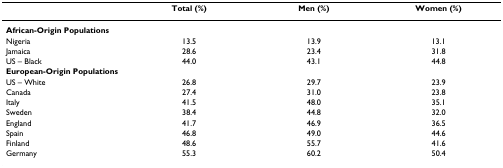
<table><thead><tr><td></td><td><b>Total (%)</b></td><td><b>Men (%)</b></td><td><b>Women (%)</b></td></tr></thead><tbody><tr><td><b>African-Origin Populations</b></td><td></td><td></td><td></td></tr><tr><td>Nigeria</td><td>13.5</td><td>13.9</td><td>13.1</td></tr><tr><td>Jamaica</td><td>28.6</td><td>23.4</td><td>31.8</td></tr><tr><td>US – Black</td><td>44.0</td><td>43.1</td><td>44.8</td></tr><tr><td><b>European-Origin Populations</b></td><td></td><td></td><td></td></tr><tr><td>US – White</td><td>26.8</td><td>29.7</td><td>23.9</td></tr><tr><td>Canada</td><td>27.4</td><td>31.0</td><td>23.8</td></tr><tr><td>Italy</td><td>41.5</td><td>48.0</td><td>35.1</td></tr><tr><td>Sweden</td><td>38.4</td><td>44.8</td><td>32.0</td></tr><tr><td>England</td><td>41.7</td><td>46.9</td><td>36.5</td></tr><tr><td>Spain</td><td>46.8</td><td>49.0</td><td>44.6</td></tr><tr><td>Finland</td><td>48.6</td><td>55.7</td><td>41.6</td></tr><tr><td>Germany</td><td>55.3</td><td>60.2</td><td>50.4</td></tr></tbody></table>